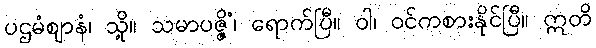
ပဌမံဈာနံ၊ သို့။ သမာပဇ္ဇိံ၊ ရောက်ပြီ။ ဝါ၊ ဝင်ကစားနိုင်ပြီ။ ဣတိ